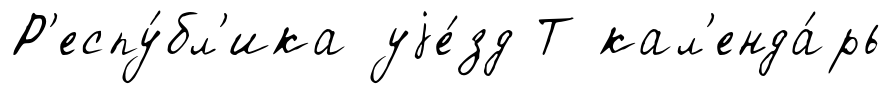
Р'еспу́бл'ика уjе́зд Т кал'енда́рь